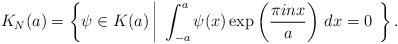
LaTeX: \begin{align*} K_N(a) = \left\{ \psi \in K(a) \left|~\int_{-a}^{a} \psi(x)\exp\left(\frac{\pi i n x}{a}\right) \, dx=0~\right.\right\}. \end{align*}